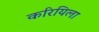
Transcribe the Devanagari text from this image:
करियिला